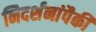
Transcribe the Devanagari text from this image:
निदर्शनांपैकी